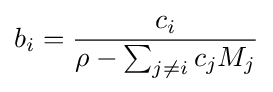
b_{i}={\frac {c_{i}}{\rho -\sum _{j\neq i}c_{j}M_{j}}}